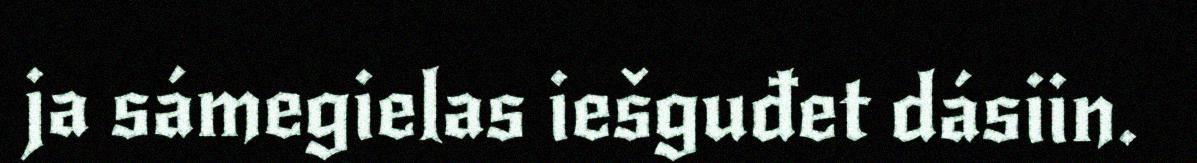
ja sámegielas iešguđet dásiin.